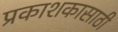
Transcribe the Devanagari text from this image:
प्रकाशकासाठी